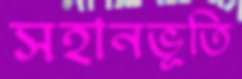
সহানভূতি